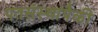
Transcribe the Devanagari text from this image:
पतसंस्थांपैकी